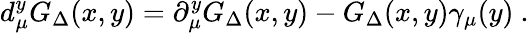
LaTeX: d_{\mu}^{y}G_{\Delta}(x,y)=\partial_{\mu}^{y}G_{\Delta}(x,y)-G_{\Delta}(x,y)\gamma_{\mu}(y)~.